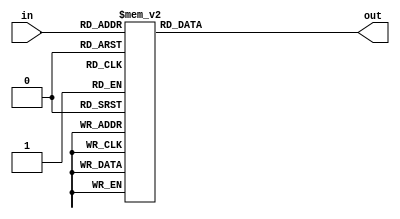
module hexdigit (
    input wire [3:0] in,
    output reg [6:0] out);

    always @* begin
        out = 7'b1111111;

	case (in)
		4'h0: begin
			out = 7'b1000000;
		end
		4'h1: begin
			out = 7'b1111001;
		end
		4'h2: begin
			out = 7'b0100100;
		end
		4'h3: begin
			out = 7'b0110000;
		end
		4'h4: begin
			out = 7'b0011001;
		end
		4'h5: begin
			out = 7'b0010010;
		end
		4'h6: begin
			out = 7'b0000010;
		end
		4'h7: begin
			out = 7'b1111000;
		end
		4'h8: begin
			out = 7'b0000000;
		end
		4'h9: begin
			out = 7'b0011000;
		end
		4'hA: begin
			out = 7'b0001000;
		end
		4'hB: begin
			out = 7'b0000011;
		end
		4'hC: begin
			out = 7'b0100111;
		end
		4'hD: begin
			out = 7'b0100001;
		end
		4'hE: begin
			out = 7'b0000110;
		end
		4'hF: begin
			out = 7'b0001110;
		end
		
	endcase
	end
endmodule